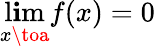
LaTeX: \operatorname*{l\mathbf{i}m}_{x\toa}f(x)=0